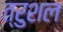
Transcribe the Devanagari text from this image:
त्रुशल